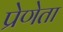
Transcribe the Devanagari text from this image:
प्रेणेता